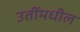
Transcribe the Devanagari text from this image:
उतींमधील